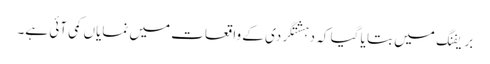
بریفنگ میں بتا یا گیا کہ دہشتگردی کے واقعات میں نمایاں کمی آئی ہے۔